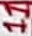
Text: 11